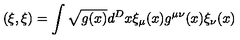
( \xi , \xi ) = \int \sqrt { g ( x ) } d ^ { D } x \xi _ { \mu } ( x ) g ^ { \mu \nu } ( x ) \xi _ { \nu } ( x )